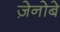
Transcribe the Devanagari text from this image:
ज़ेनोबे